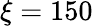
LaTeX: \xi=150